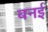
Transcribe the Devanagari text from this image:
बनई